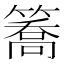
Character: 簥